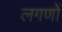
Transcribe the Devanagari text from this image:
लगणों